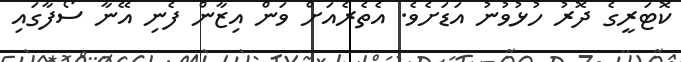
ކޮޓަރީގެ ދޮރު ހުޅުވުނު އަޑަށެވެ. އެތެރެއަށް ވަން އިޒާން ފެނި އޭނާ ސޯފާގައި